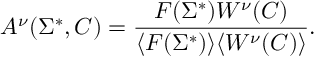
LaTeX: A ^ { \nu } ( \Sigma ^ { * } , C ) = { \frac { F ( \Sigma ^ { * } ) W ^ { \nu } ( C ) } { \langle F ( \Sigma ^ { * } ) \rangle \langle W ^ { \nu } ( C ) \rangle } } .